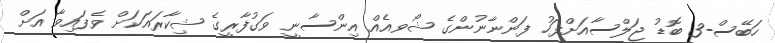
ހަބޭސް-3 ބޮޑު ޖަލްސާއަށްފަހު ފަންނާނުންގެ ޝޯވއެއް އިންސާނީ ވަގުފާރީގެ ޝިކާރައަކަށް ވެފައިވާ އަށް